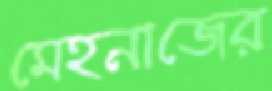
মেহনাজের